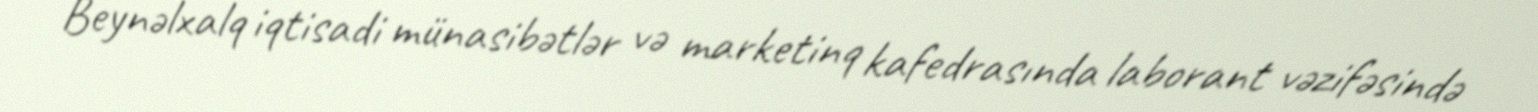
Beynəlxalq iqtisadi münasibətlər və marketinq kafedrasında laborant vəzifəsində